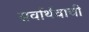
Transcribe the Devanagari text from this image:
सर्वार्थवाची